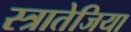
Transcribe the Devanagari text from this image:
स्त्रातेजिया